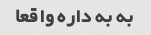
به به داره واقعا